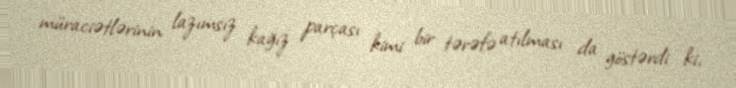
müraciətlərinin lazımsız kağız parçası kimi bir tərəfə atılması da göstərdi ki,